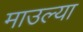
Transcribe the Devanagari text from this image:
माउल्या